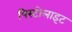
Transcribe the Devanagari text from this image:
पिस्टोलाइट